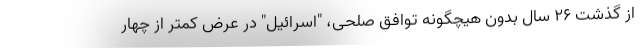
از گذشت ۲۶ سال بدون هیچگونه توافق صلحی، "اسرائیل" در عرض کمتر از چهار